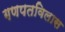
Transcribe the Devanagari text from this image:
गणपतविलास